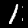
Label: 1